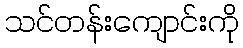
သင်တန်းကျောင်းကို